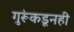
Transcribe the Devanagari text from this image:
गुरूंकडूनही